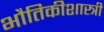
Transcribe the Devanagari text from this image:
भौतिकीशास्त्री